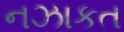
નઝાકત